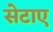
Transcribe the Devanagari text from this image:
सेटाए